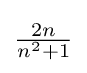
{\textstyle {\frac {2n}{n^{2}+1}}}